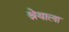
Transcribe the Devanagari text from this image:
श्रेयाला